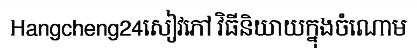
Hangcheng24សៀវភៅ វិធីនិយាយក្នុងចំណោម